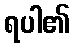
ရပါ၏